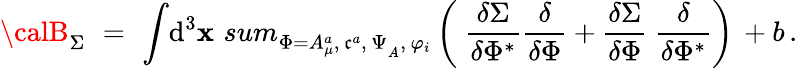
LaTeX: {\calB}_{\Sigma}\, \, =\, \, \displaystyle{\int}{\mathrm{d}}^{3}\mathbf{x}\, \displaystyle{\, sum_{\Phi=A_{\mu}^{a},\, \mathfrak{c}^{a},\, \Psi_{_A},\, \varphi_{i}}^{}}\left({\displaystyle{\ \frac{{\delta\Sigma}}{{\delta\Phi^{*}}}}}{\displaystyle{\frac{{\delta}}{{\delta\Phi}}}}+{\displaystyle{\frac{{\delta\Sigma}}{{\delta\Phi}}}}{\displaystyle{\ \frac{{\delta}}{{\delta\Phi^{*}}}}}\right)\, +b\, .